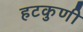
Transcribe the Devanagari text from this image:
हटकुणी